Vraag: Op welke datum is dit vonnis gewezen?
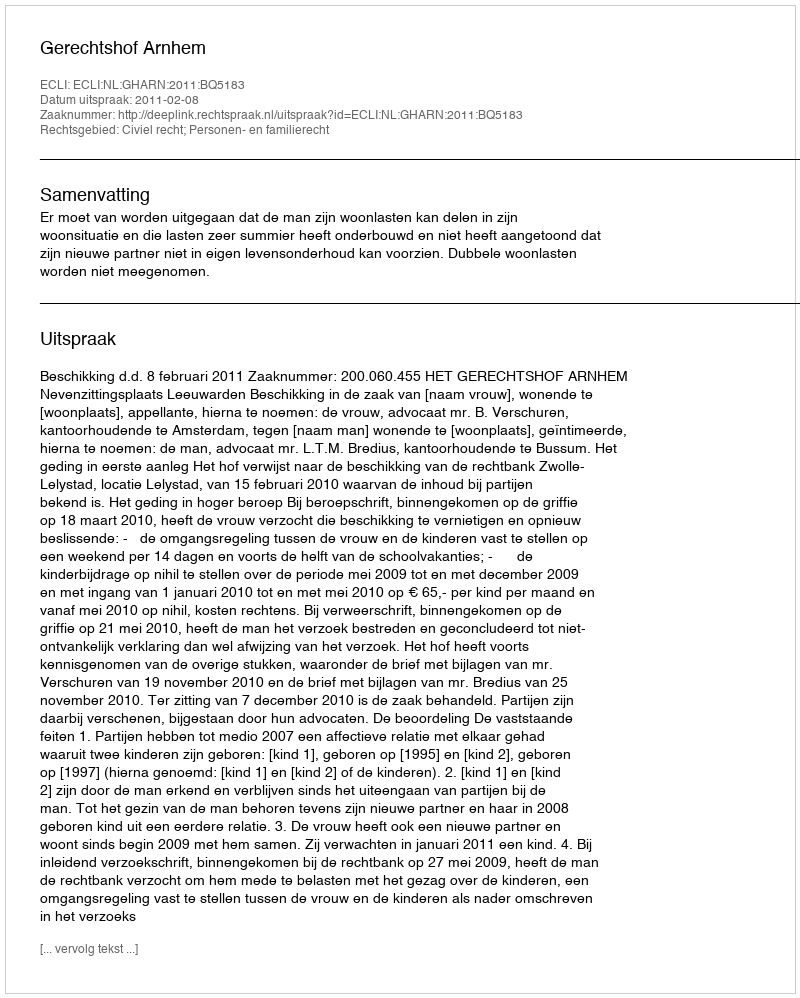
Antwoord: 2011-02-08